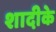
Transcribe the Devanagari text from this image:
शादीके